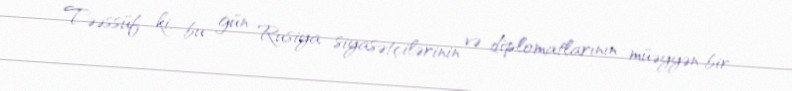
Təəssüf ki, bu gün Rusiya siyasətçilərinin və diplomatlarının müəyyən bir